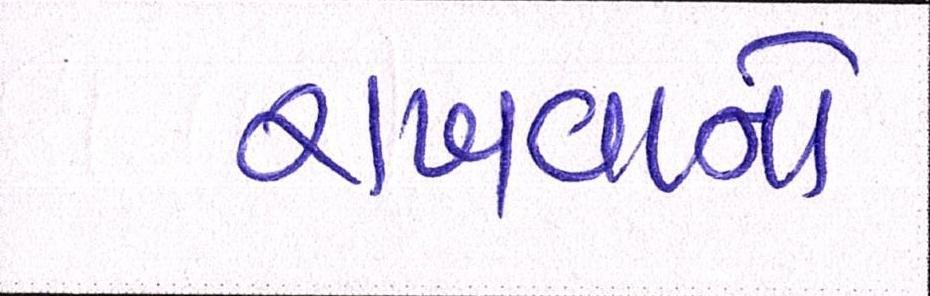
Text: રાખવાનો